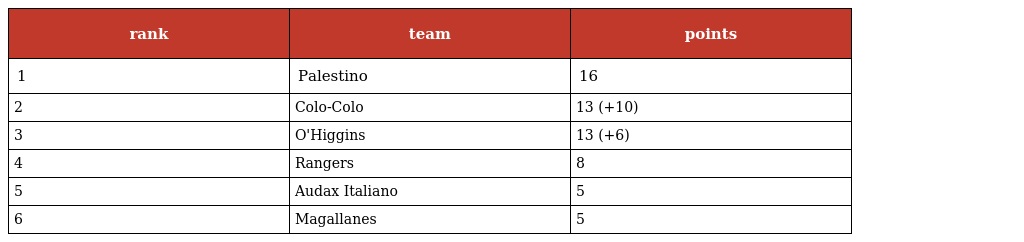
| rank | team | points |
 | --- | --- | --- |
 | 1 | Palestino | 16 |
 | 2 | Colo-Colo | 13 (+10) |
 | 3 | O'Higgins | 13 (+6) |
 | 4 | Rangers | 8 |
 | 5 | Audax Italiano | 5 |
 | 6 | Magallanes | 5 |